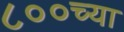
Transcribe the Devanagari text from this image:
८००च्या